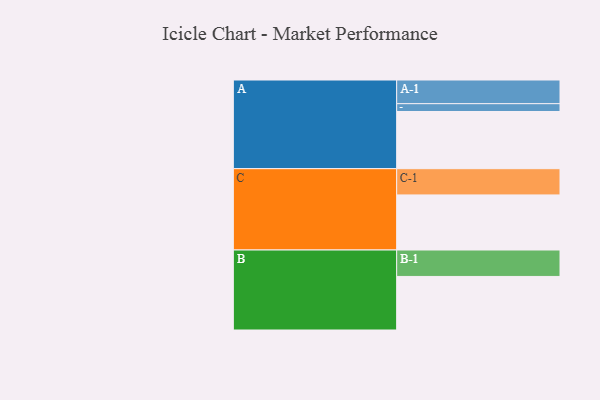
{"axis": {"x": "Segment", "y": "Value"}, "legend": ["", "A", "B", "C"], "data": [{"x": "A", "y": 599, "type": ""}, {"x": "B", "y": 561, "type": ""}, {"x": "C", "y": 577, "type": ""}, {"x": "A-1", "y": 248, "type": "A"}, {"x": "A-2", "y": 82, "type": "A"}, {"x": "B-1", "y": 277, "type": "B"}, {"x": "C-1", "y": 275, "type": "C"}]}